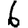
Digit: 6